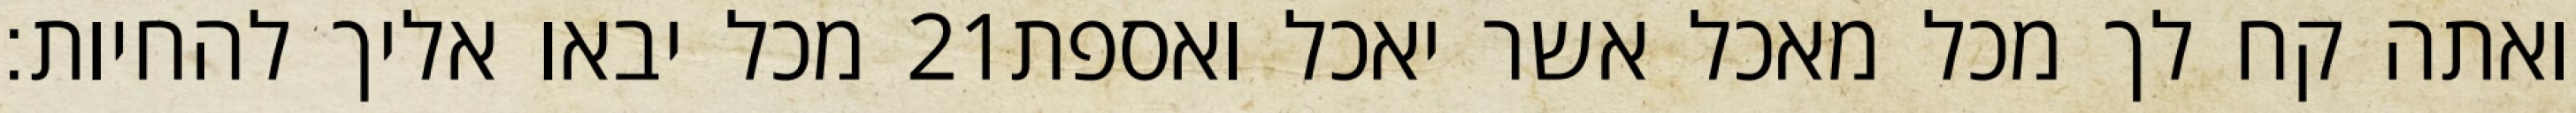
מכל יבאו אליך להחיות׃ ‎21‏ ואתה קח לך מכל מאכל אשר יאכל ואספת